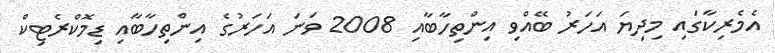
އެމެރިކާގައި މިދިޔަ އަހަރު ބޭއްވި އިންތިހާބާއި 2008 ވަނަ އަހަރުގެ އިންތިހާބާއި ޑިމޮކްރެޓިކް